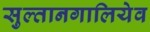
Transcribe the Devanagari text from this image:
सुल्तानगालियेव